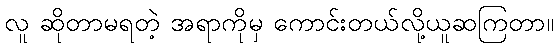
လူ ဆိုတာမရတဲ့ အရာကိုမှ ကောင်းတယ်လို့ယူဆကြတာ။